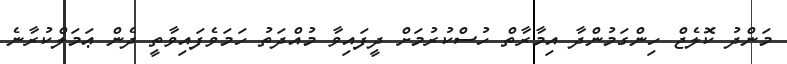
މަންދު ކޮލެޖް ހިންގަމުންދާ އިމާރާތް ހުސްކުރުމަށް ދީފައިވާ މުއްދަތު ހަމަވެފައިވާތީ ދެން ޢަމަލްކުރާނެ